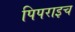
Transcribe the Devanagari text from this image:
पिपराइच